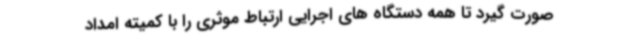
صورت گیرد تا همه دستگاه های اجرایی ارتباط موثری را با کمیته امداد